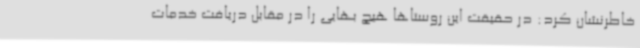
خاطرنشان کرد: در حقیقت این روستاها هیچ بهایی را در مقابل دریافت خدمات